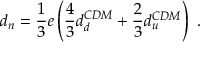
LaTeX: d _ { n } = \frac { 1 } { 3 } e \left( \frac { 4 } { 3 } d _ { d } ^ { C D M } + \frac { 2 } { 3 } d _ { u } ^ { C D M } \right) \ .